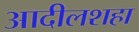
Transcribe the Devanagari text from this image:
आदीलशहा